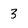
Character: 3